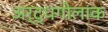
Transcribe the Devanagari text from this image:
अर्द्धगोलाक